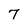
Character: 7